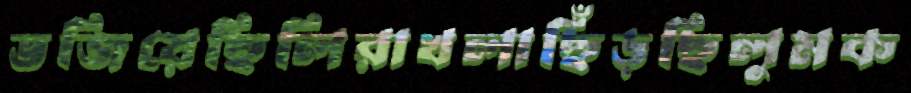
ভজিয়েছিলিরাখলাছিঁড়ছিলুমক